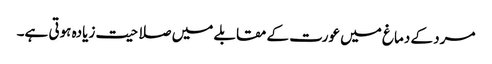
مرد کے دماغ میں عورت کے مقابلے میں صلاحیت زیادہ ہوتی ہے۔